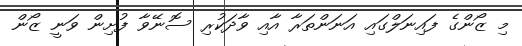
މި ޒޯންގެ ފައިނަލްގައި އަނަންތަރާ އާއި ވާދަކުރި ސޮނޭވާ ފުށިން ވަނީ ޒޯން